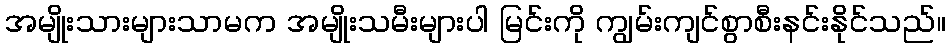
အမျိုးသားများသာမက အမျိုးသမီးများပါ မြင်းကို ကျွမ်းကျင်စွာစီးနင်းနိုင်သည်။